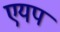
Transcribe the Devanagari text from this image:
एयप